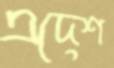
এদেশ